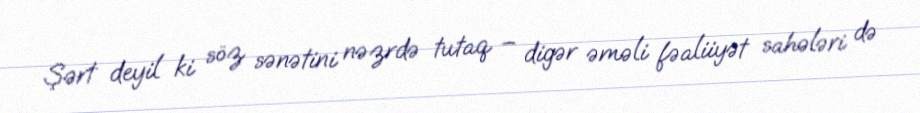
Şərt deyil ki söz sənətini nəzrdə tutaq – digər əməli fəaliiyət sahələri də